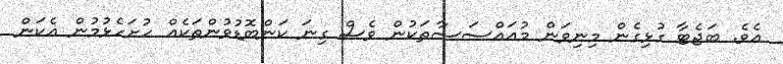
އެވެ. ބަޖެޓާ ގުޅިގެން މިނިވަން މުއައްސަސާތަކުން ވެސް ގިނަ ކަންބޮޑުވުންތަކެއް ހުށަހެޅުމުން އެކަން